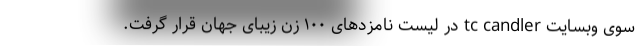
سوی وبسایت tc candler در لیست نامزد‌های ۱۰۰ زن زیبای جهان قرار گرفت.